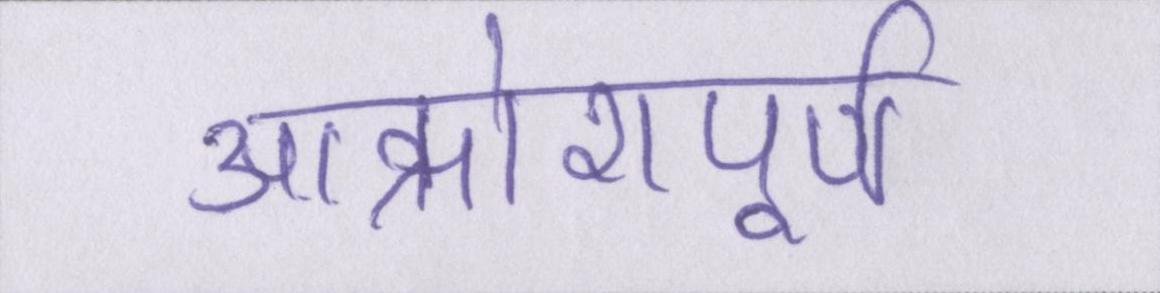
आक्रोशपूर्ण